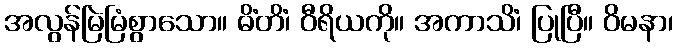
အလွန်မြဲမြံစွာသော။ ဓိံတိံ၊ ဝီရိယကို။ အကာသိံ၊ ပြုပြီ။ ဝိမနာ၊